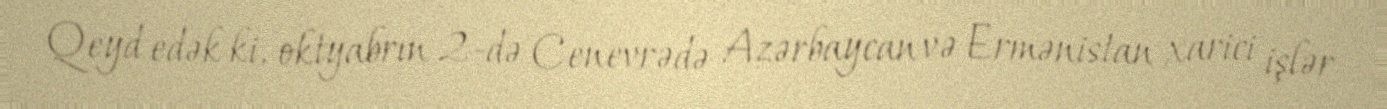
Qeyd edək ki, oktyabrın 2-də Cenevrədə Azərbaycan və Ermənistan xarici işlər